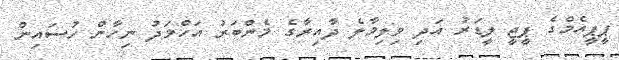
ޕީޕީއެމްގެ ޕީޖީ ލީޑަރު އަދި ވިލިމާލެ ދާއިރާގެ މެންބަރު އަހްމަދު ނިހާން ހުސައިން